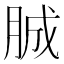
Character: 𦛙